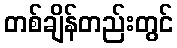
တစ်ချိန်တည်းတွင်